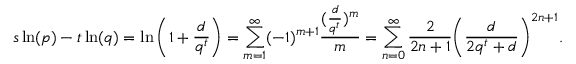
s \ln ( p ) - t \ln ( q ) = \ln \left( 1 + { \frac { d } { q ^ { t } } } \right) = \sum _ { m = 1 } ^ { \infty } ( - 1 ) ^ { m + 1 } { \frac { ( { \frac { d } { q ^ { t } } } ) ^ { m } } { m } } = \sum _ { n = 0 } ^ { \infty } { \frac { 2 } { 2 n + 1 } } { \left( { \frac { d } { 2 q ^ { t } + d } } \right) } ^ { 2 n + 1 } .